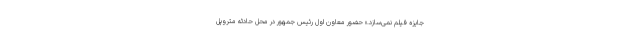
جایزه فیلم نمی‌سازد.» حضور معاون اول رئیس جمهور در محل حادثه متروپل